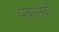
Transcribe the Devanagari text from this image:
पचासवाँ